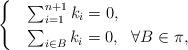
LaTeX: \begin{align*}\begin{cases}& \sum_{i=1}^{n+1} k_i=0, \\& \sum_{i\in B} k_i=0, \ \ \forall B\in \pi,\end{cases}\end{align*}